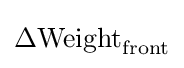
\Delta \mathrm {Weight} _{\mathrm {front} }